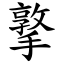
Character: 撉